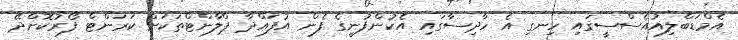
އެމްޑަބްލިއުއެސްސީގައި ހިނގި އެ ހާދިސާގައި އެކުންފުނީގެ ފެން އުފައްދާ ޕްލާންޓްތަކަށް ކަރަންޓް ފޯރުކޮށްދޭ